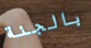
بالجنة